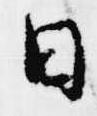
日